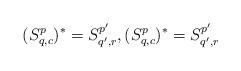
LaTeX: \begin{align*}(S_{q,c}^p)^* = S_{q',r}^{p'}, (S_{q,c}^p)^* = S_{q',r}^{p'}\end{align*}